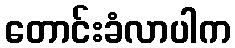
တောင်းခံလာပါက